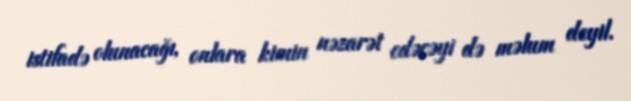
istifadə olunacağı, onlara kimin nəzarət edəcəyi də məlum deyil.